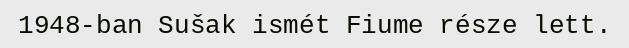
1948-ban Sušak ismét Fiume része lett.